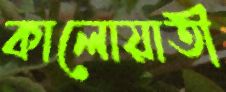
কালোয়াতী